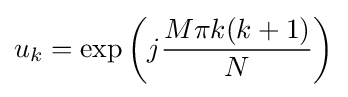
u_{k}=\exp \left(j{\frac {M\pi k(k+1)}{N}}\right)